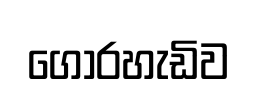
ගොරහැඩිව